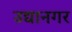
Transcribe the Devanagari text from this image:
उद्यानगर